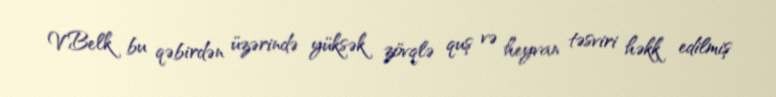
V.Belk bu qəbirdən üzərində yüksək zövqlə quş və heyvan təsviri həkk edilmiş